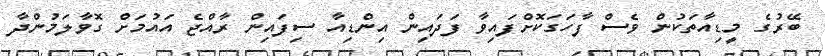
ބޭރުގެ މީޑިއާތަކުން ވެސް ފާހަގަކޮށްފައިވާ ފަދައިން އިންޑިއާ ސިފައިން ރާއްޖެ އައުމަށް ގޮވާލަމުންދާ